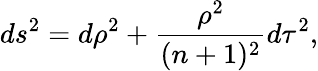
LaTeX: ds^{2}=d\rho^{2}+\frac{\rho^{2}}{(n+1)^{2}}d\tau^{2},